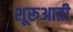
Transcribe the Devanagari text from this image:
शूरूआती